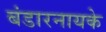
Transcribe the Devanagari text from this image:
बंडारनायके